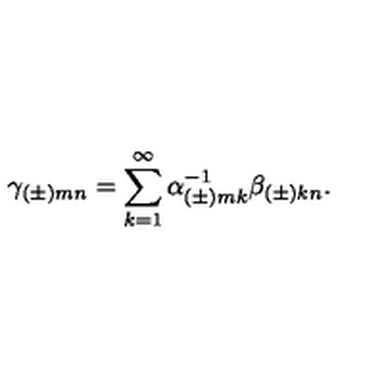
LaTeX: \gamma _ { ( \pm ) m n } = \sum _ { k = 1 } ^ { \infty } \alpha _ { ( \pm ) m k } ^ { - 1 } \beta _ { ( \pm ) k n } .